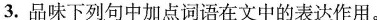
3.品味下列句中加点词语在文中的表达作用。